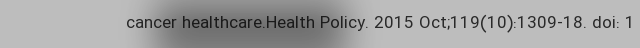
cancer healthcare.Health Policy. 2015 Oct;119(10):1309-18. doi: 1